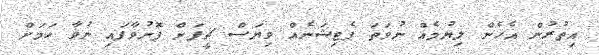
އިތުރުން އެހެން ލިޔުމެއް ނުވަތަ ޕެޓިޝަނެއް ވިޔަސް ޗީފަށް ފޮނުވާފައި ނުވާ ކަމަށް